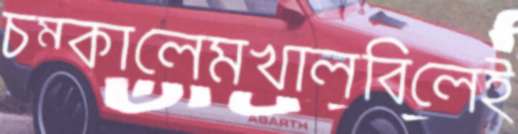
চম্‌কালেমখালবিলেই